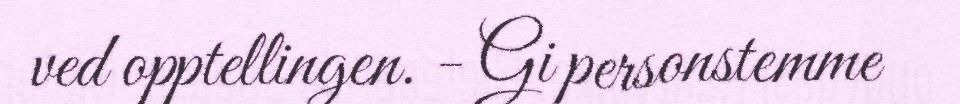
ved opptellingen. - Gi personstemme